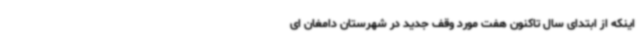
اینکه از ابتدای سال تاکنون هفت مورد وقف جدید در شهرستان دامغان ای